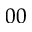
_ { 0 0 }